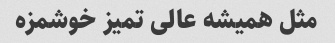
مثل همیشه عالی تمیز خوشمزه